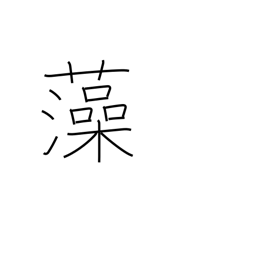
Meaning: seaweed